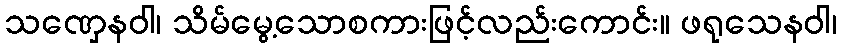
သဏှေနဝါ၊ သိမ်မွေ့သောစကားဖြင့်လည်းကောင်း။ ဖရုသေနဝါ၊